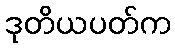
ဒုတိယပတ်က